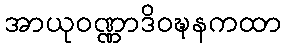
အာယုဝဏ္ဏာဒိဝဍ္ဎနကထာ